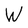
Character: W